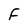
Character: F